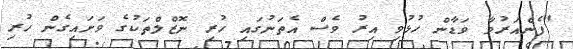
"ފެންއަރުވާ ވަޑާން ހުޅުވި އިރު ވެސް އެތަނުގައި ހުރި ނޮޒްލްތަކުގެ ވަށައިގެން ހުރި